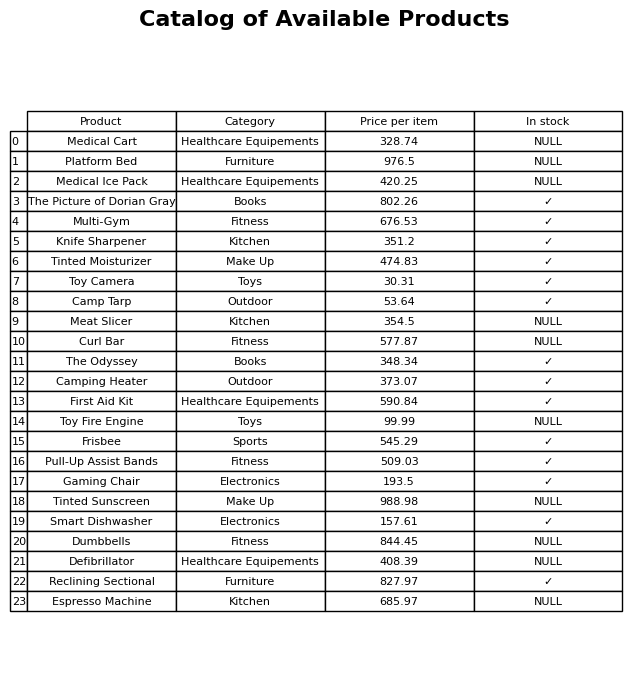
question: What is the price for Meat Slicer?
answer: The price of Meat Slicer is 354.5.